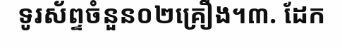
ទូរស័ព្ទចំនួន០២គ្រឿង។៣. ដែក